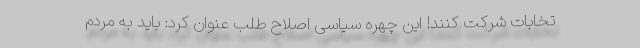
تخابات شرکت کنند! این چهره سیاسی اصلاح طلب عنوان کرد: باید به مردم